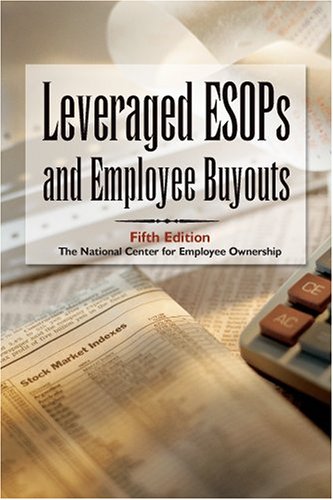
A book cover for Leveraged ESOPs and Employee Buyouts; Law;